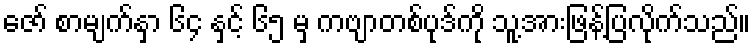
ဇော် စာမျက်နှာ ၆၄ နှင့် ၆၅ မှ ကဗျာတစ်ပုဒ်ကို သူ့အားဖြန့်ပြလိုက်သည်။